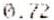
0.72